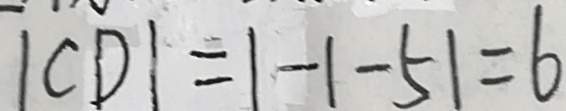
\vert C D \vert = \vert - 1 - 5 \vert = 6